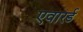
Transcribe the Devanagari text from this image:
एवारर्ड